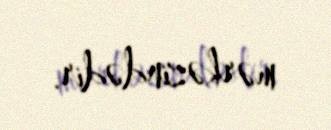
mərkəzindədir.